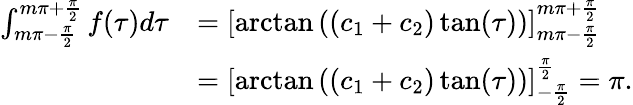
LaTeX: \begin{array}{rl}{\int_{m\pi-\frac{\pi}{2}}^{m\pi+\frac{\pi}{2}}f(\tau)d\tau}&{=\left[\arctan\left((c_{1}+c_{2})\tan(\tau)\right)\right]_{m\pi-\frac{\pi}{2}}^{m\pi+\frac{\pi}{2}}}\\ &{=\left[\arctan\left((c_{1}+c_{2})\tan(\tau)\right)\right]_{-\frac{\pi}{2}}^{\frac{\pi}{2}}=\pi.}\end{array}